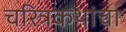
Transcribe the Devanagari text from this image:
चरित्रकथांचा